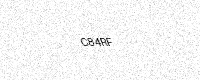
Text: C84RF